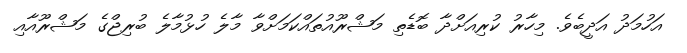
އަހުމަދު އަދީބެވެ. މިހާރު ކުރިއަށްދާ ބޮޑެތި މަޝްރޫއުތައްކަމަށްވާ މާލެ ހުޅުމާލެ ބުރިޖްގެ މަޝްރޫއާއި